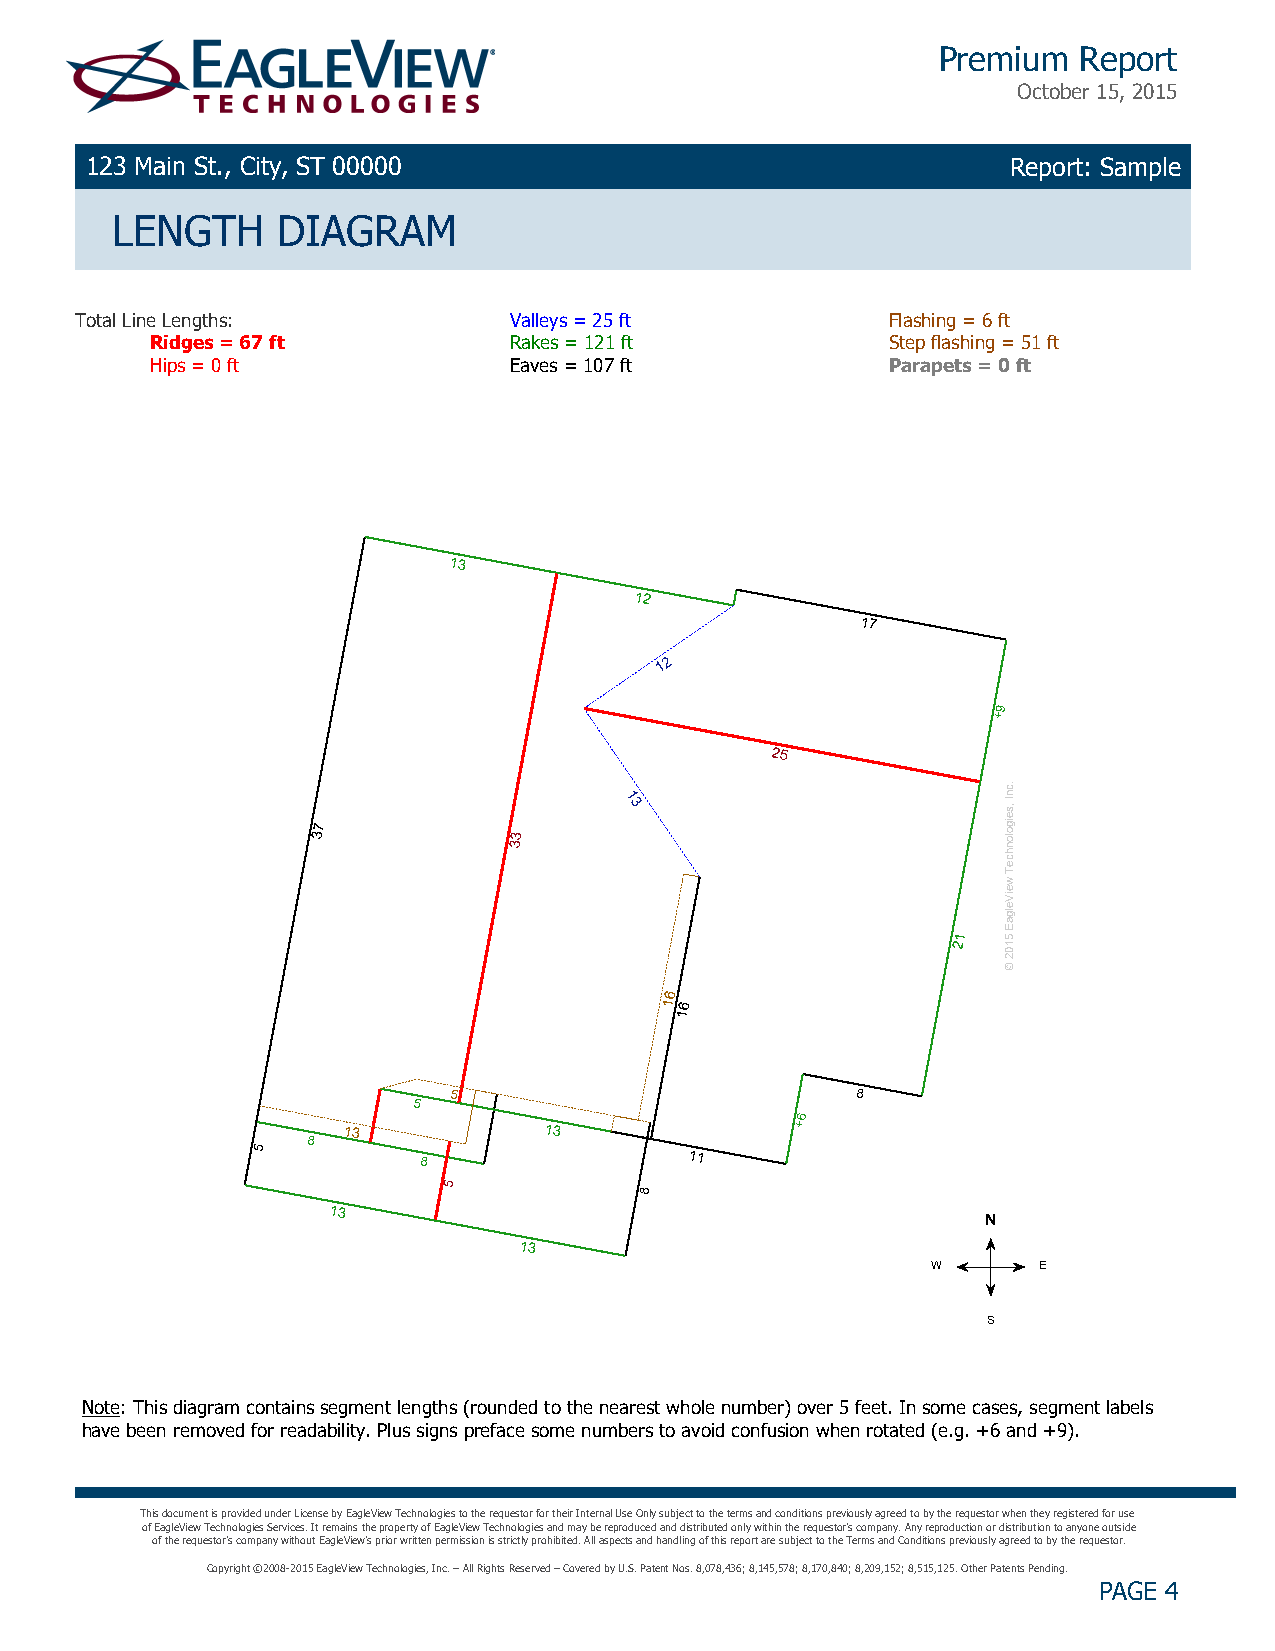
Premium  Report
 October 15, 2015
 123 Main St., City, ST 00000                                 Report: Sample
 LENGTH     DIAGRAM
 Total Line Lengths:          Valleys = 25 ft          Flashing = 6 ft
 Ridges = 67 ft          Rakes = 121 ft           Step flashing = 51 ft
 Hips = 0 ft             Eaves = 107 ft           Parapets = 0 ft
 13
 12
 17
 12
 9
 +
 25
 1
 3
 7
 3            3
 3
 1 2
 6
 16
 1
 5                          8
 5
 6
 13           13               +
 8
 5
 8                 11
 5
 8
 13
 13
 Note: This diagram contains segment lengths (rounded to the nearest whole number) over 5 feet. In some cases, segment labels
 have been removed for readability. Plus signs preface some numbers to avoid confusion when rotated (e.g. +6 and +9).
 This document is provided under License by EagleView Technologies to the requestor for their Internal Use Only subject to the terms and conditions previously agreed to by the requestor when they registered for use
 of EagleView Technologies Services. It remains the property of EagleView Technologies and may be reproduced and distributed only within the requestor's company. Any reproduction or distribution to anyone outside
 of the requestor's company without EagleView's prior written permission is strictly prohibited. All aspects and handling of this report are subject to the Terms and Conditions previously agreed to by the requestor.
 Copyright ©2008-2015 EagleView Technologies, Inc. – All Rights Reserved – Covered by U.S. Patent Nos. 8,078,436; 8,145,578; 8,170,840; 8,209,152; 8,515,125. Other Patents Pending.
 PAGE 4
 W
 N
 S
 .cnI
 ,seigolonhceT
 weiVelgaE
 5102
 
 E